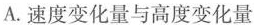
A.速度变化量与高度变化量